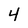
Character: 4